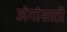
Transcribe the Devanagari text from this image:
अंगांसाठी